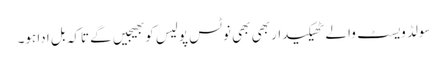
سولڈ ویسٹ والے ٹھیکیدار بھی بھی نوٹس پولیس کو بھیجیں گے تاکہ بل ادا ہو۔